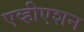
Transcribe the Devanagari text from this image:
एव्हीएशन